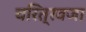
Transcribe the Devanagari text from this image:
चरित्रवजा